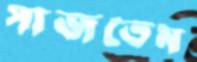
সাজতেম